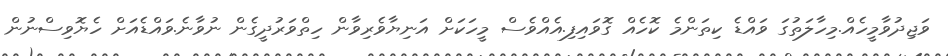
ވަޖިދުވާމީހެއް.މިހާލަތުގަ ވައްޑެ ކިތަންމެ ކޮހެއް ގޮވައިފި.އެއްވެސް މީހަކަށް އަނިޔާވެރިވާން ހިތްވަރުދީގެން ނުވާނެ.ވައްޑެއަށް ހެޔޮވިސްނުން